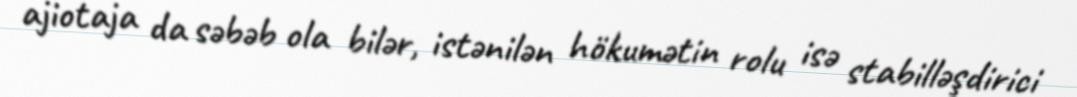
ajiotaja da səbəb ola bilər, istənilən hökumətin rolu isə stabilləşdirici